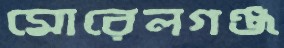
মোরেলগঞ্জ